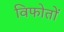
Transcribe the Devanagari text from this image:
विफोतों